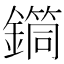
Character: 𨬎